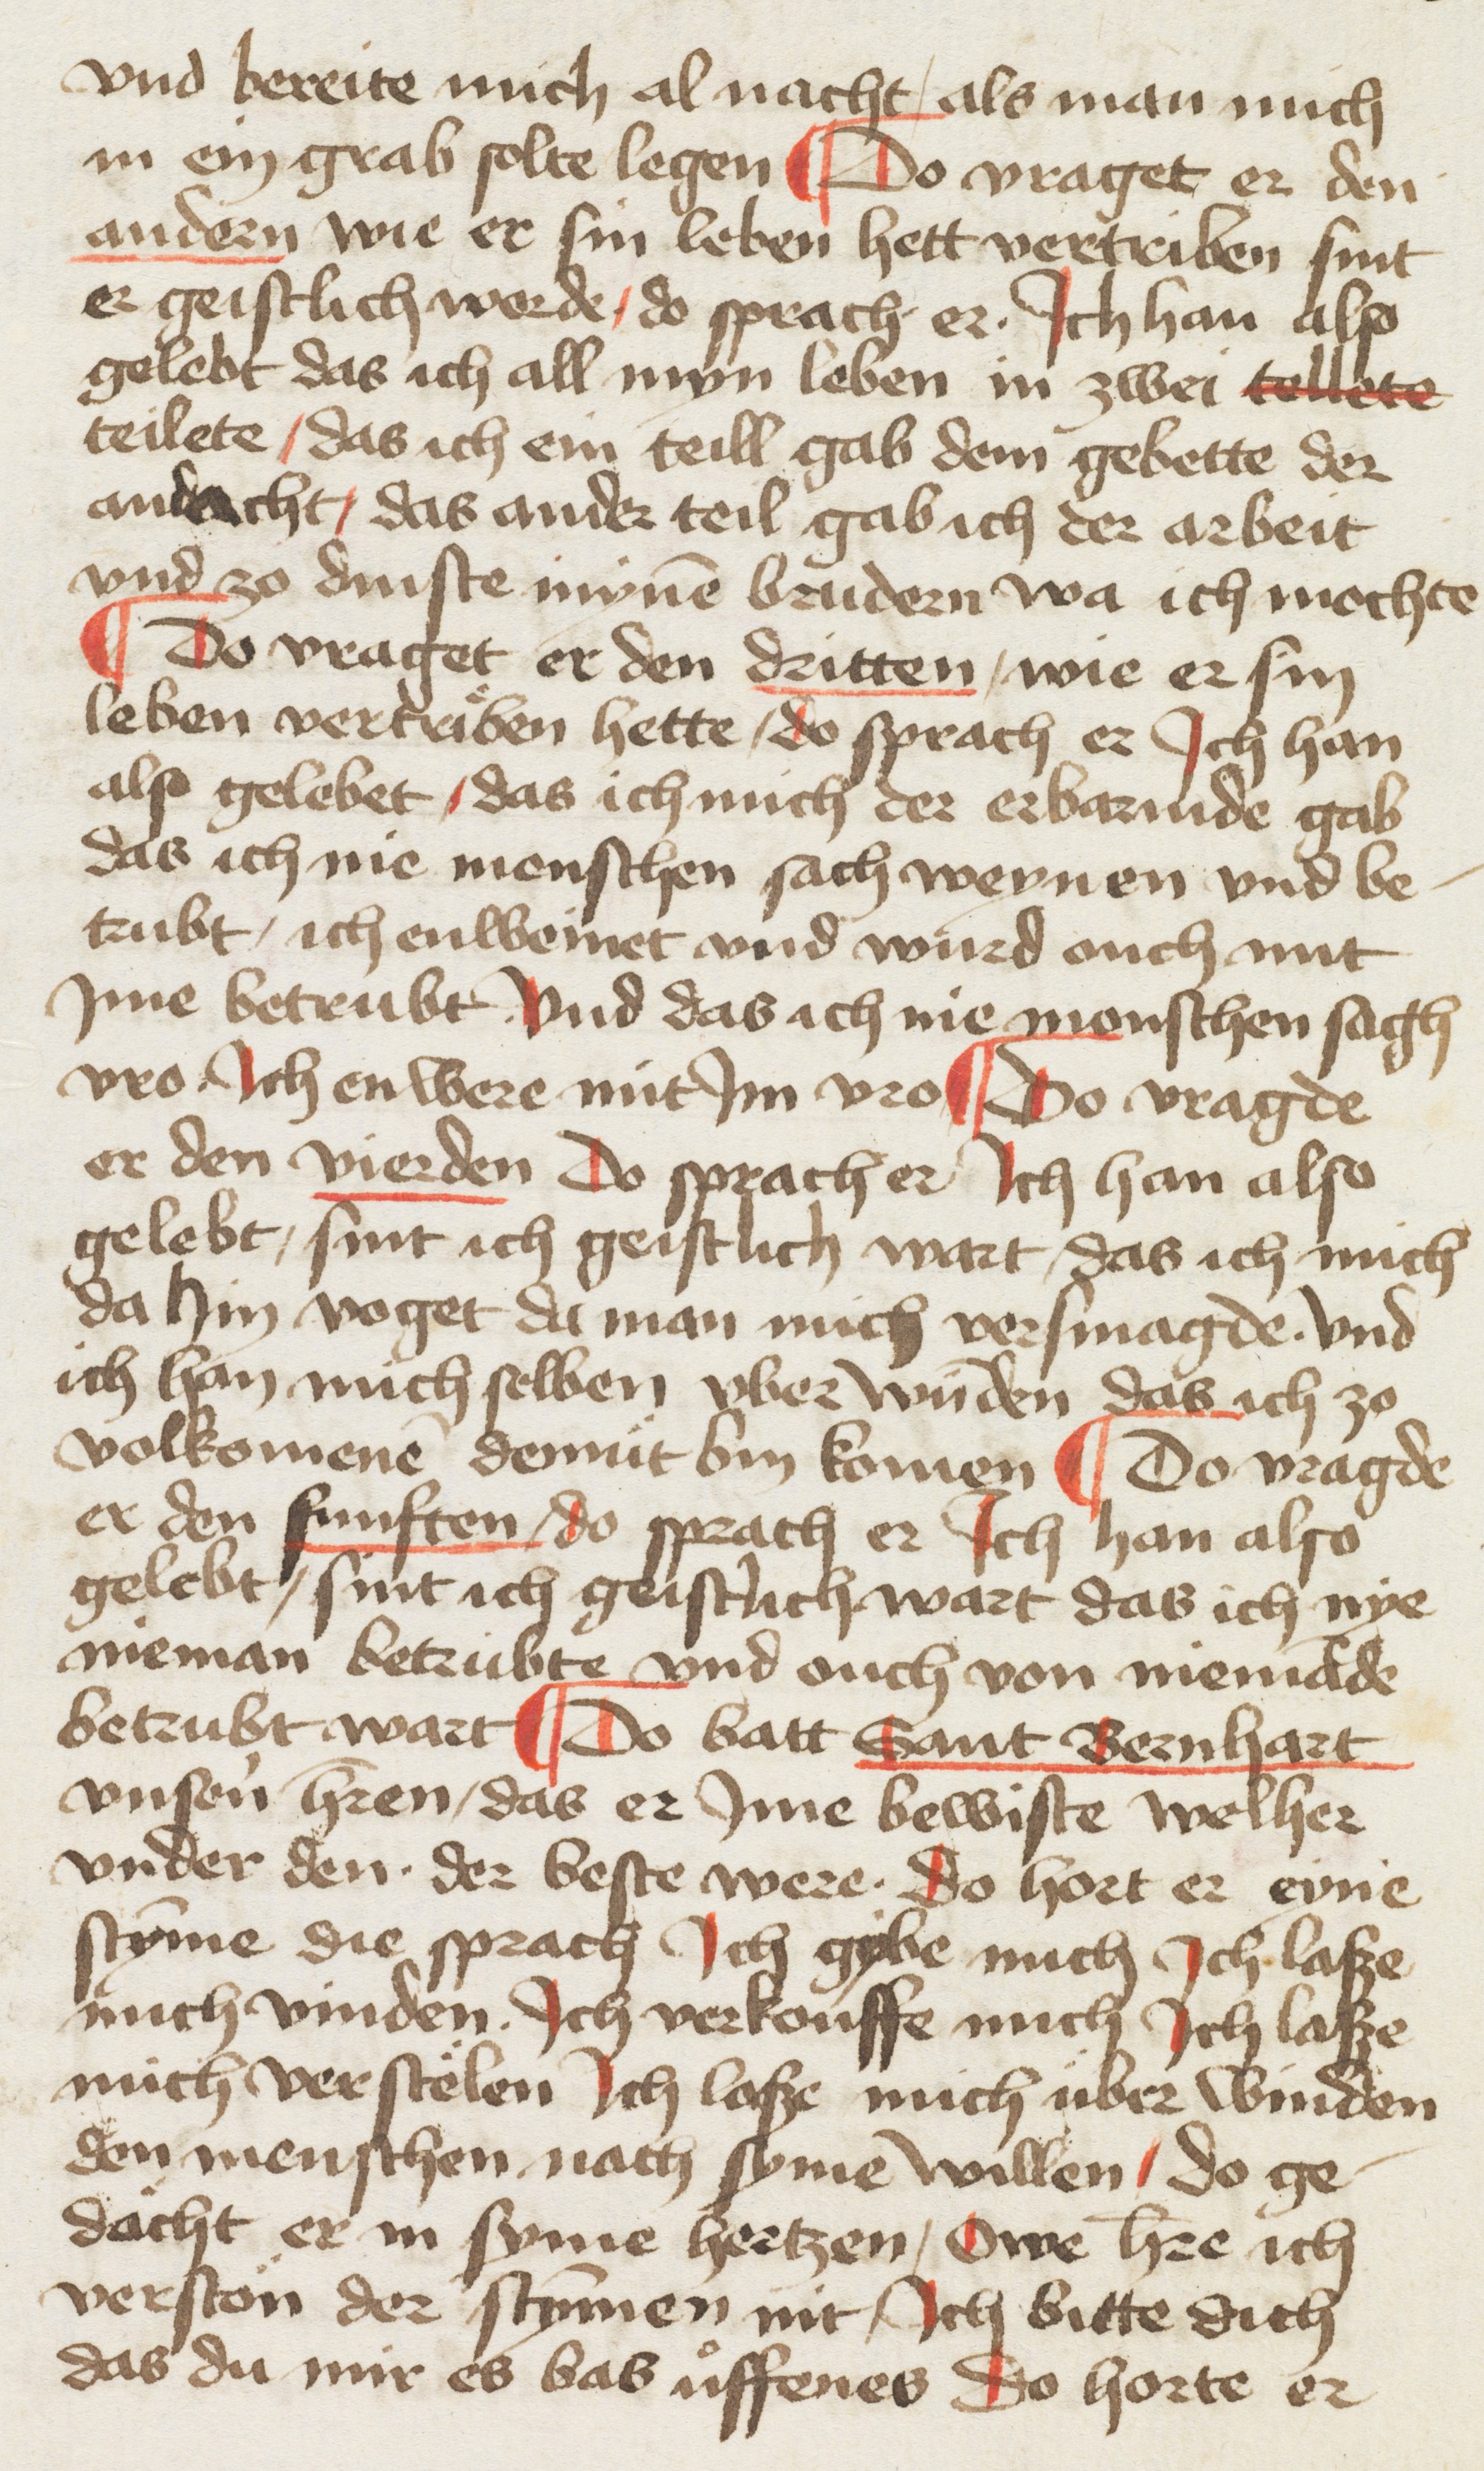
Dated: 1400–1499